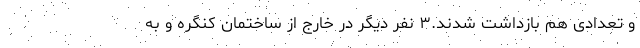
و تعدادی هم بازداشت شدند.۳ نفر دیگر در خارج از ساختمان کنگره و به